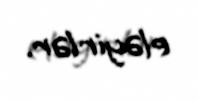
eləyirlər.